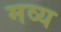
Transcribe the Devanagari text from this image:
मव्य